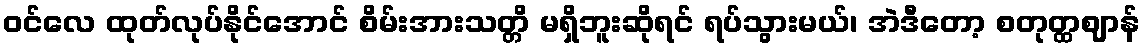
ဝင်လေ ထုတ်လုပ်နိုင်အောင် စိမ်းအားသတ္တိ မရှိဘူးဆိုရင် ရပ်သွားမယ်၊ အဲဒီတော့ စတုတ္ထဈာန်